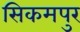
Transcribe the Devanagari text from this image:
सिकमपुर